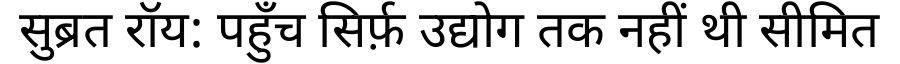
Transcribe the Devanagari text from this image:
सुब्रत रॉय: पहुँच सिर्फ़ उद्योग तक नहीं थी सीमित